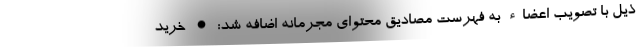
ذیل با تصویب اعضاء به فهرست مصادیق محتوای مجرمانه اضافه شد: • خرید